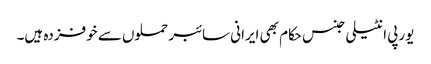
یورپی انٹیلی جنس حکام بھی ایرانی سائبر حملوں سے خوفزدہ ہیں۔